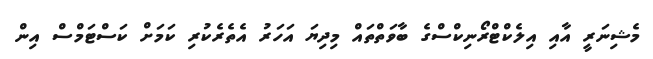
މެޝިނަރީ އާއި އިލެކްޓްރޯނިކްސްގެ ބާވަތްތައް މިދިޔަ އަހަރު އެތެރެކުރި ކަމަށް ކަސްޓަމްސް އިން